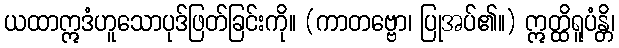
ယထာဣဒံဟူသောပုဒ်ဖြတ်ခြင်းကို။ (ကာတဗ္ဗော၊ ပြုအပ်၏။) ဣတ္ထိရူပံန္တိ၊